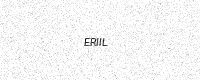
Text: ERIIL